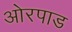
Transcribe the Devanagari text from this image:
ओरपाड